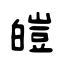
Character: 皚